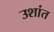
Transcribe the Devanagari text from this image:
उशांत